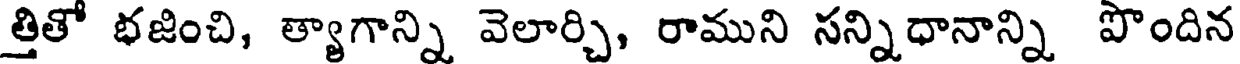
త్తితో భజించి, త్యాగాన్ని వెలార్చి, రాముని సన్నిధానాన్ని పొందిన